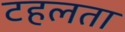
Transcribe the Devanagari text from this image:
टहलता